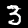
Label: 3